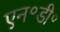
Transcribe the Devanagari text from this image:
एन॰डी॰